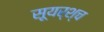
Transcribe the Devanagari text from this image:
सूयर्श्च